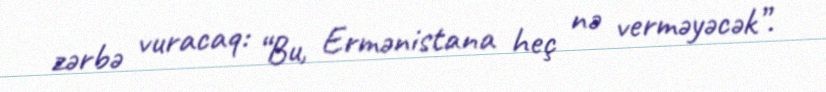
zərbə vuracaq: “Bu, Ermənistana heç nə verməyəcək”.